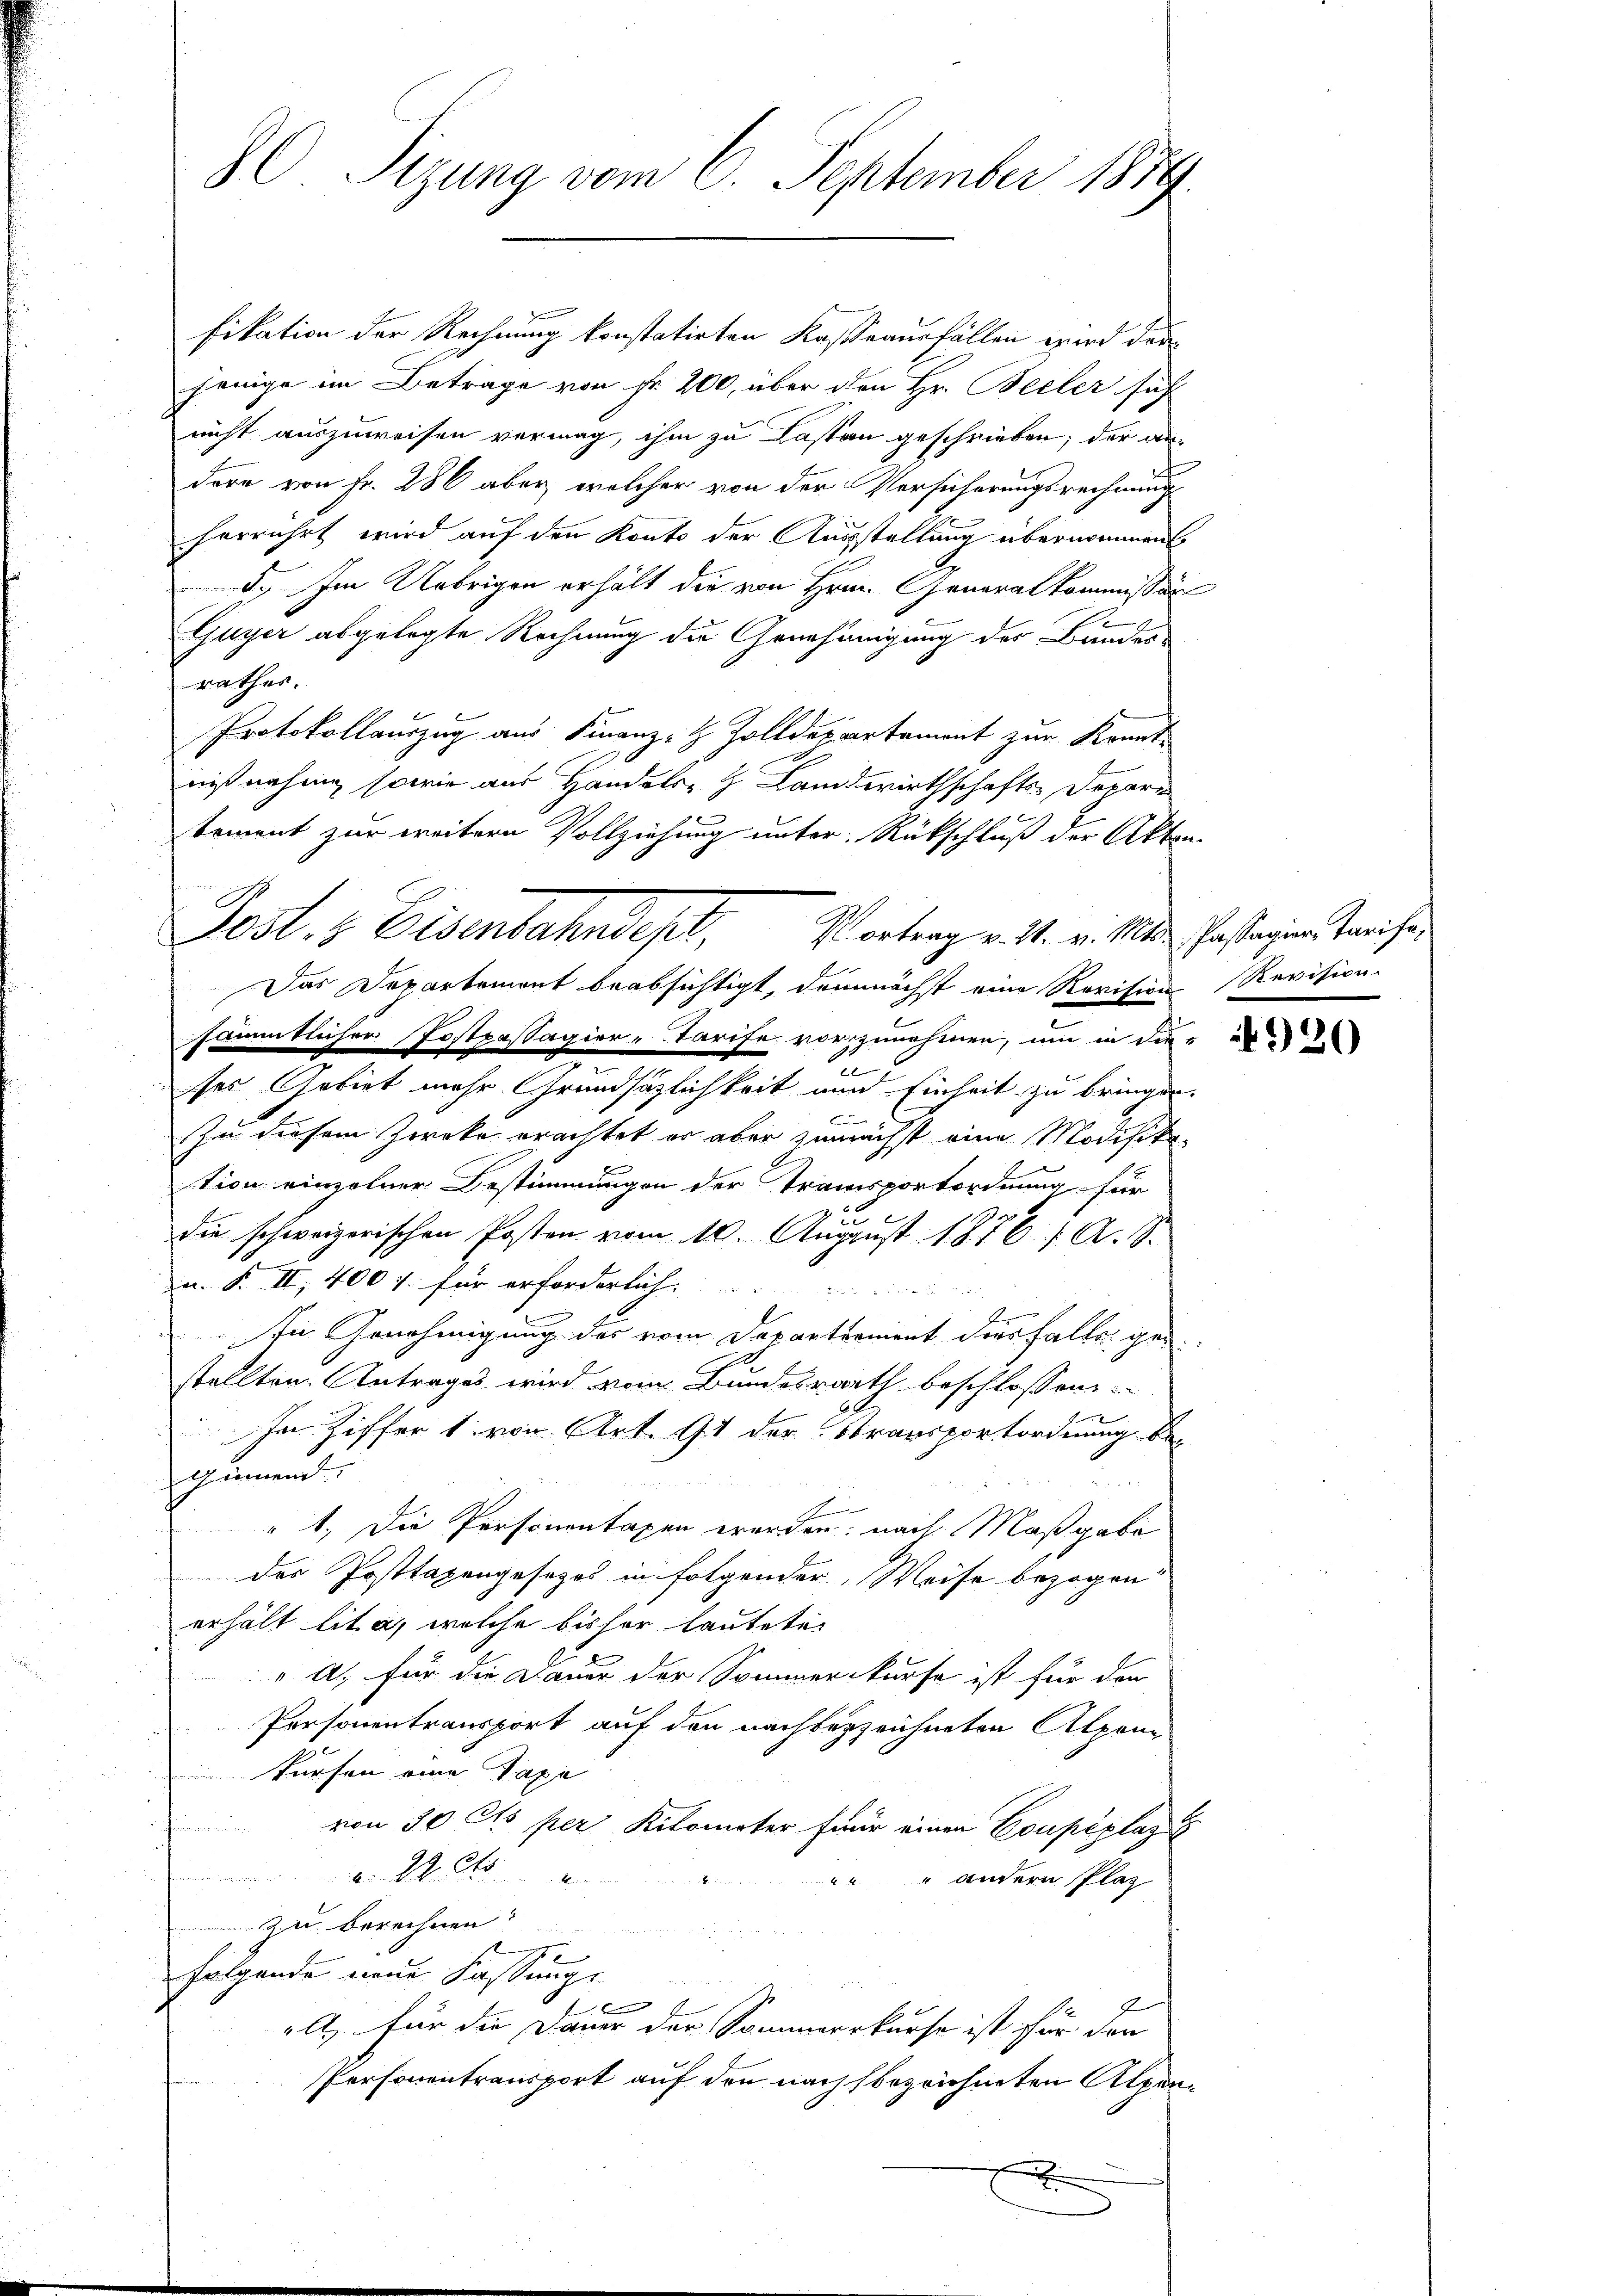
80 Sizung vom 6. September 1889

Fests Eisenbahndest.

fikation der Rechnung konstatirten Kaßeausfällen wird den
jenige im Betrage von Fr. 200, über den Hr. Beiler sich
nicht auszuweisen vermag, ihm zu Lasten geschrieben; der andere von Fr. 286 aber, welcher von der Versicherungsrechnung
herrührt wird auf den Konto der Ausstellung übernommen
. Im Uebrigen erhält die von Hrn. Generalkommissär
Guyer abgelegte Rechnung die Genehmigung der Bundes-
rathes.
Protokollauszug aus Finanz- & Zolldepartement zur Kennt-
niß nahme, sowie aus Handels- & Landwirthschafts-Deparr
tement zur weitern Vollziehung unter Rückschluß der Akten-
Vortrag v. 21. v. Mts. Passagier, Tarife,
Das Departement beabsichtigt, demnächst eine Revision Revision.
sämmtlicher Postpassagier-Tarife vorzunehmen, um in die
ses Gebiet mehr Grundsätzlichkeit und Einheit zu bringen.
C
Zu diesem Zwecke erachtet er aber zunächst eine Modifikation einzelner Bestimmungen der Transportordnung für
22
die schweizerischen Posten vom 10. August 1876. A. S.
in. F. II, 400 f. für erforderlich
In Genehmigung des vom Departement dies Falls ge
.
stellten Antrages wird vom Bundesrath beschlossen:
In Ziffer 1 von Art. 91 der Stransportordnung beh immend
s
" 1. Die Personentagen worden; nach Maßgabe
des Posttagengesezes in folgender, Weise bezogen
erhält lit. a, welche bisher lautete
A, für die Dauer der Sommerkurse ist für den
Personentransport auf den nachbezzeichneten Alpeng
Kürfen eine Papi
von 30 Cts per Kilometer für einen Coupéplaz
.M.
" andern Plas
 zu berechnen. |
2
folgende neue Fassungs
x
elt, für die Dauer der Sommerrkurse ist für den
Personentransport auf den nach bezeichneten Alpenx

920